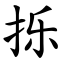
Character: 㧰